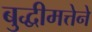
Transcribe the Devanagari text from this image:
बुद्धीमत्तेने